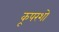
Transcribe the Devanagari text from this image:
कूपरशो